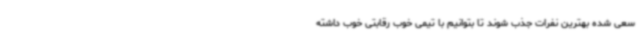
سعی شده بهترین نفرات جذب شوند تا بتوانیم با تیمی خوب رقابتی خوب داشته